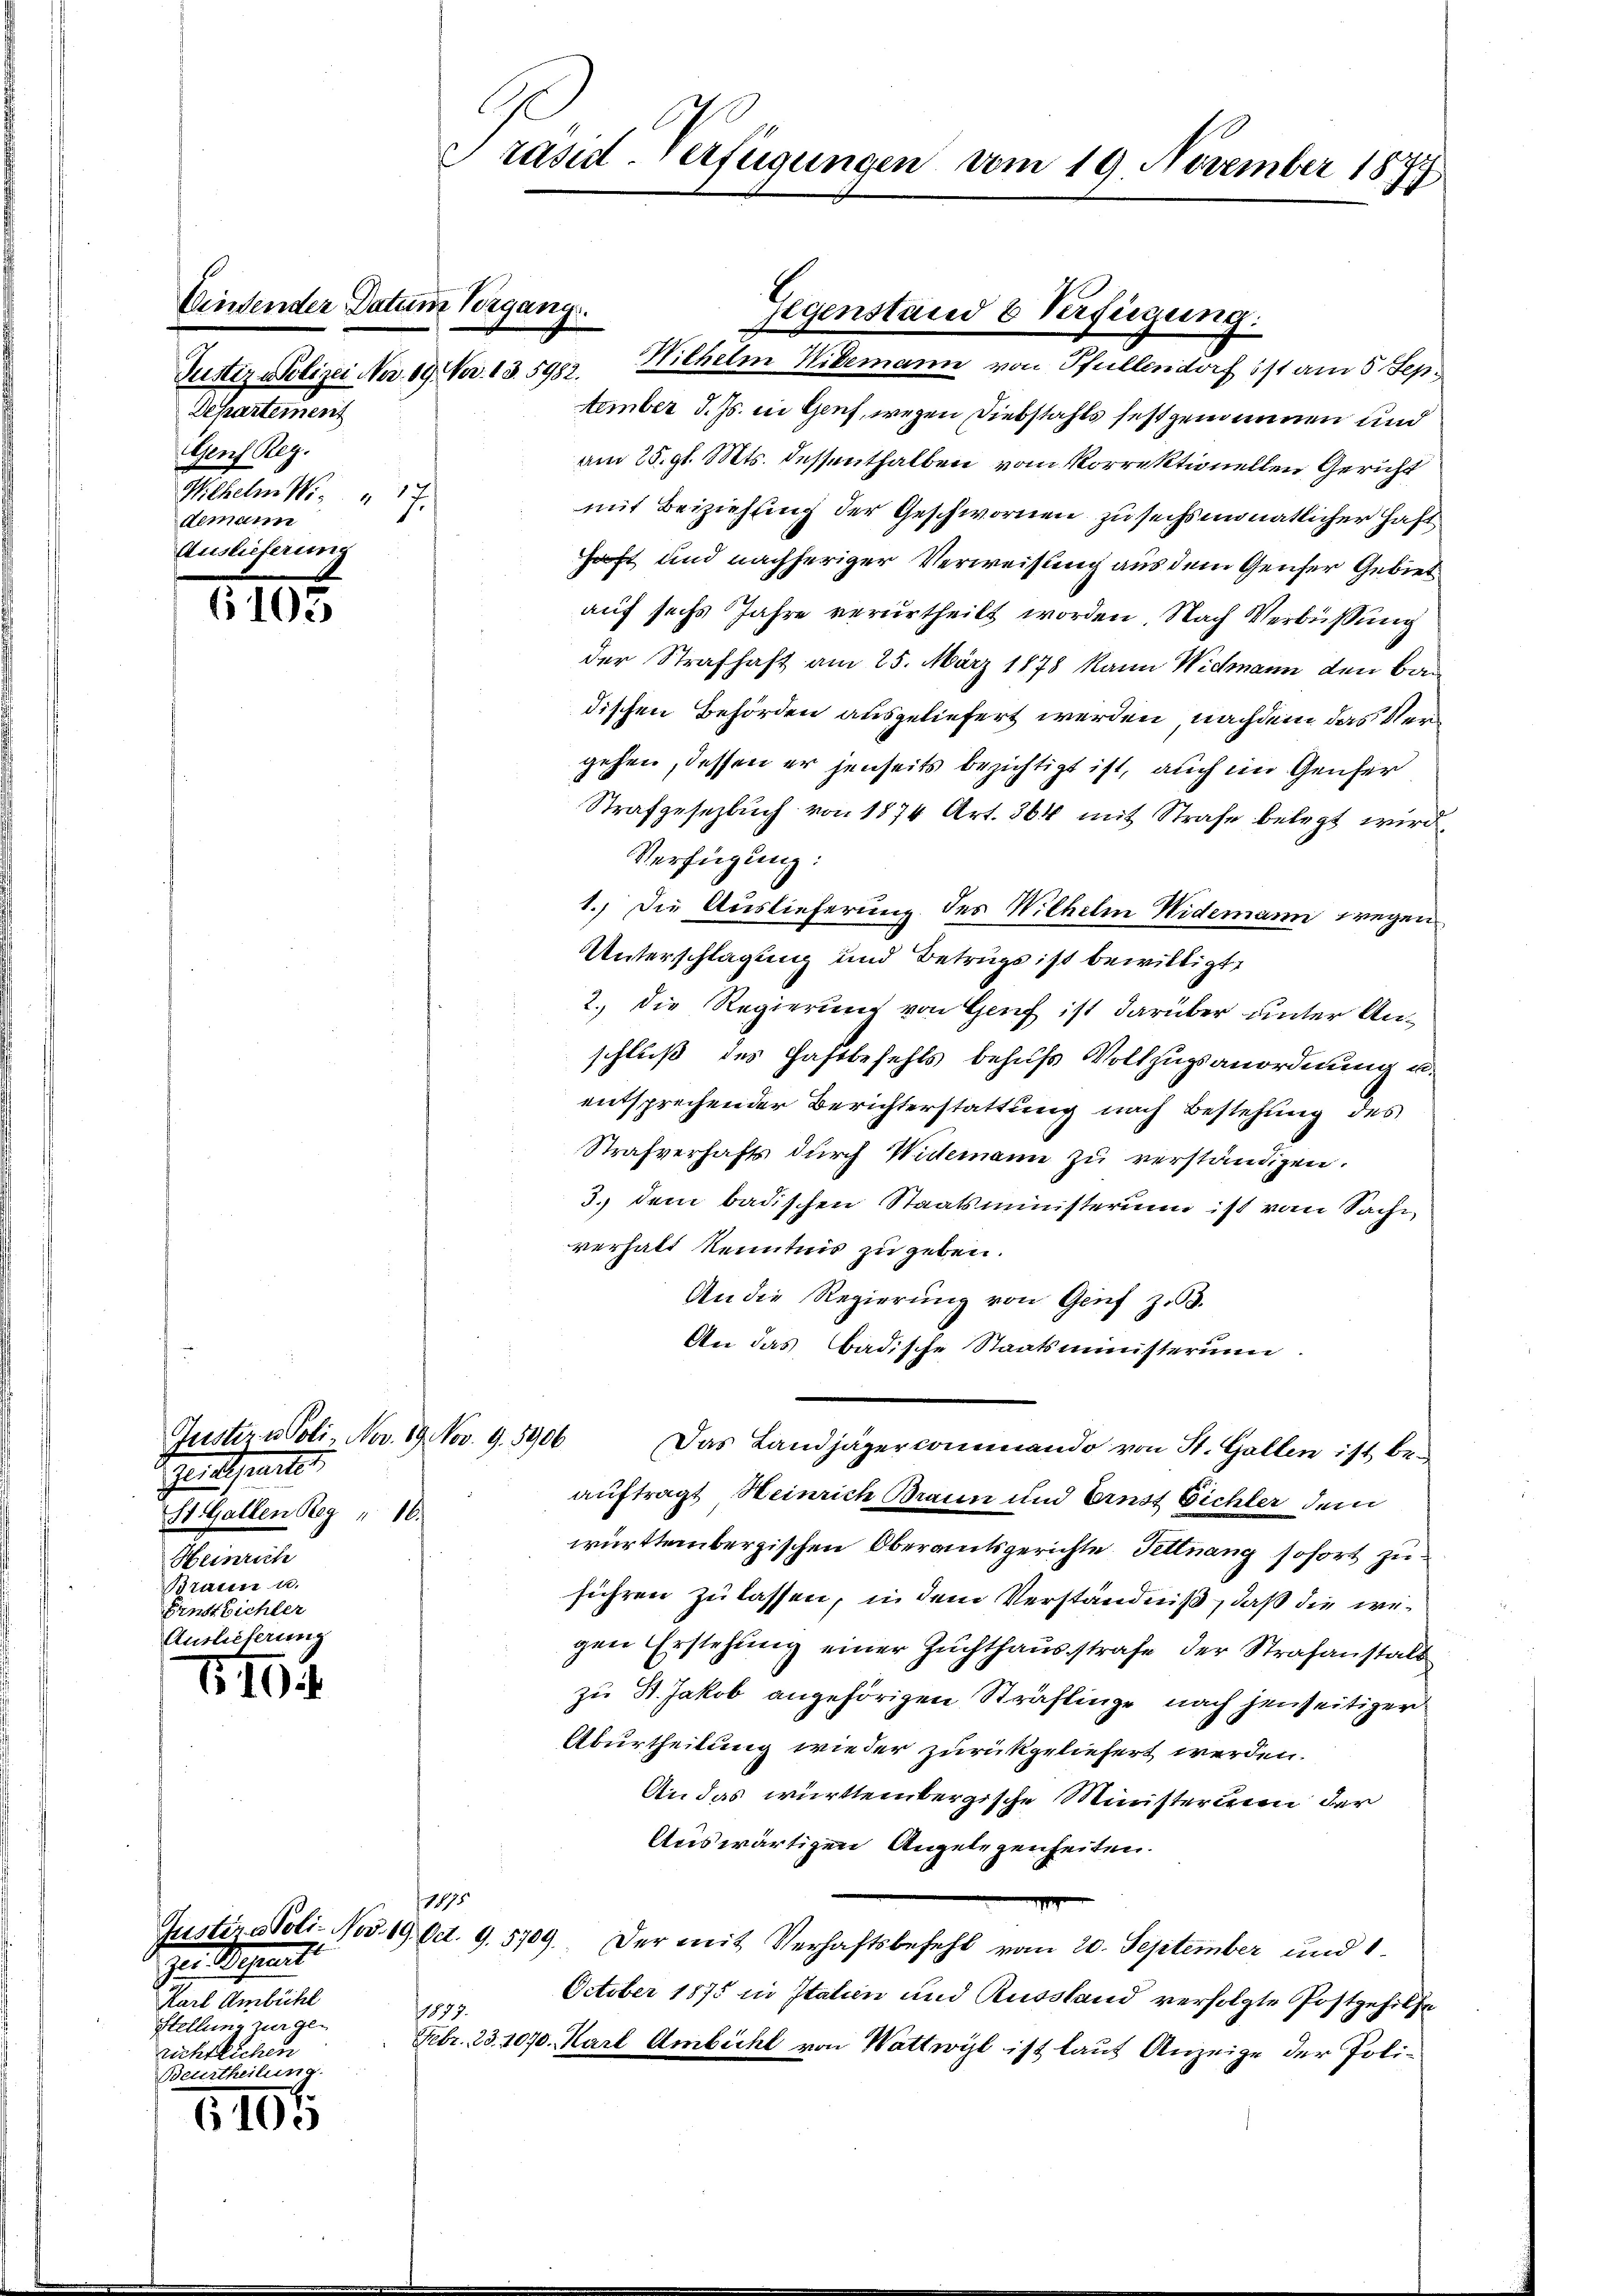
Einsender Datum Vorgang
Justiz - Polizei Nov. 19. Nov. 13. 5982.
Departement
Genf Rez.
Wilhelm N. 17
demann
Auslieferung

103

10

1105

Juster u. Poli, Nov. 19. Nov. 9. 5906
Agentheilt.
St. Gallen Reg " 16.
Heinrich
Braun u.
Ernst sichter
Auslieferung

räsid-Verfügungen vom 19. November 1873

ttember d. Js. in Genf, wegen Diebstahls festgenommen und
am 25. gl. Mts. dessenthalben vom Korrektionellen Gericht
mit Beiziehung der Geschwornen zu sechsmonatlicher Haft
haft und nachheriger Verweisung aus dem Genfer Gebiet
auf sechs Jahre verurtheilt worden. Nach Verbüßung
der Strafhaft am 25. März 1878 kann Widmann den Badischen Behörden ausgeliefert werden, nachdem das Vergehen, dessen er jenseits bezichtigt ist, auch im Genfer
Strafgesetzbuch von 1874 Art. 364 mit Strafe belegt wird,
Verfügung:
1.) Die Auslieferung des Wilhelm Nidemann wegen
Unterschlagung und Betrugs ist bewilligt,
2.) Die Regierung von Genf ist darüber unter Anschluß des Haftbefehls behufs Vollzugsanordnung u.
entsprechender Berichterstattung nach Bestehung des
Strafverhafts dŭrch Widemann zu verständigen.
3. dem badischen Staatsministerium ist vom Sache
verhalt Kenntnis zu geben.
An die Regierung von Genf z. 3.
An das Badische Staatsministerum.
Das Landjägercommando von St. Gallen ist beauftragt, Heinrich Braun und Ernst Eichler dem
württembergischen Oberamtsgerichte, Fettnang sofort zuführen zu lassen, in dem Verständniß, daß die wegen Erstehung einer Zuchthausstrafe der Strafanstalt
zu St. Jakob angehörigen Sträflinge nach jenseitiger
Aburtheilung wieder zurückgeliefert werden.
An das württembergische Ministerium der
Auswärtigen Angelegenheiten.
1195
Justina Poli-Nod. 19. d. 9. 5709. Der mit Verhaftsbefehl vom 20. September und 1.
October 1875 in Italien und Russland verfolgte Postgehilfe
1877.
Febr. 23. 1070. Karl Ambichl von Wattwyl ist laut Anzeige der Poli¬

zu Rosent.
Karl Ambühl
Hellein
richstehen
Beurtheilen.

Gegenstand & Verfügung.
Wilhelm Widemann von Pfullendorf ist am 5. Sep